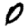
Digit: 0